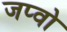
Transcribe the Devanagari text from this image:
जप्वो